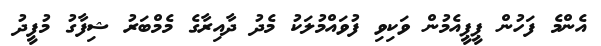
އެންމެ ފަހުން ޕީޕީއެމުން ވަކިވި ފުވައްމުލަކު މެދު ދާއިރާގެ މެމްބަރު ޝިފާގު މުފީދު